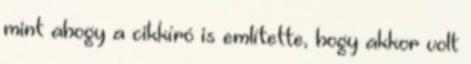
mint ahogy a cikkíró is említette, hogy akkor volt